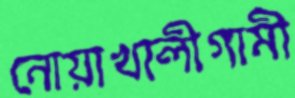
নোয়াখালীগামী